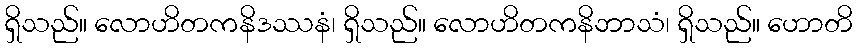
ရှိသည်။ လောဟိတကနိဒဿနံ၊ ရှိသည်။ လောဟိတကနိဘာသံ၊ ရှိသည်။ ဟောတိ